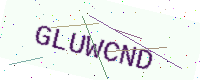
Text: GLUWCND